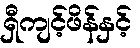
ရှီကျင့်ဖိန်နှင့်